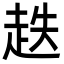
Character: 趃